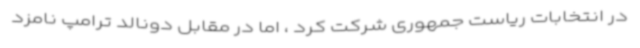
در انتخابات ریاست جمهوری شرکت کرد ، اما در مقابل دونالد ترامپ نامزد